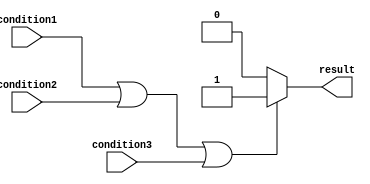
module if_else_or_statement (
    input wire condition1,
    input wire condition2,
    input wire condition3,
    output reg result
);

always @(*)
begin
    if (condition1 || condition2 || condition3)
    begin
        // execute if any condition is true
        result = 1;
    end
    else
    begin
        // execute if all conditions are false
        result = 0;
    end
end

endmodule